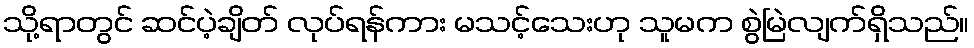
သို့ရာတွင် ဆင်ပဲ့ချိတ် လုပ်ရန်ကား မသင့်သေးဟု သူမက စွဲမြဲလျက်ရှိသည်။